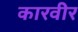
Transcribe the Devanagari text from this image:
कारवीर